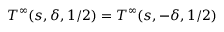
T ^ { \infty } ( s , \delta , 1 / 2 ) = T ^ { \infty } ( s , - \delta , 1 / 2 )